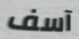
آسف